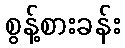
စွန့်စားခန်း